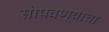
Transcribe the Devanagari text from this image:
सोपवण्याचा